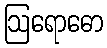
ဩရောဓော